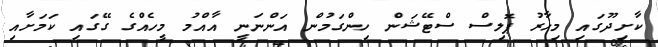
ކާށިދޫގައި މިހާރު ޕޮލިސް ސްޓޭޝަން ހިންގަމުން އަންނަނީ އާއްމު މީހެއްގެ ގޭގައި ކަމަށާއި